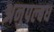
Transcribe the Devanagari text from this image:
अनुपल्बध